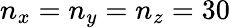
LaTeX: n_{x}=n_{y}=n_{z}=30